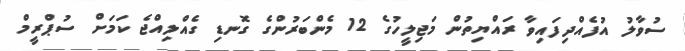
ސުވާލު އުފެއްދިފައިވާ ރައްޔިތުން މަޖިލީހުގެ 12 މެންބަރުންގެ ގޮނޑި ގެއްލިއްޖެ ކަމަށް ސުޕްރީމް